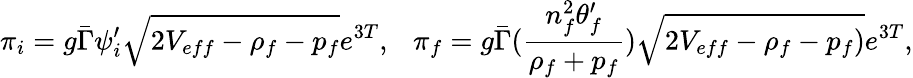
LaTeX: \pi_{i}=g\bar{\Gamma}\psi_{i}^{\prime}\sqrt{2V_{eff}-\rho_{f}-p_{f}}e^{3T},\ \ \ \pi_{f}=g\bar{\Gamma}({\frac{n_{f}^{2}\theta_{f}^{\prime}}{\rho_{f}+p_{f}}})\sqrt{2V_{eff}-\rho_{f}-p_{f})}e^{3T},